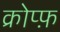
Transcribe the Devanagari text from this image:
क्रोप्फ़